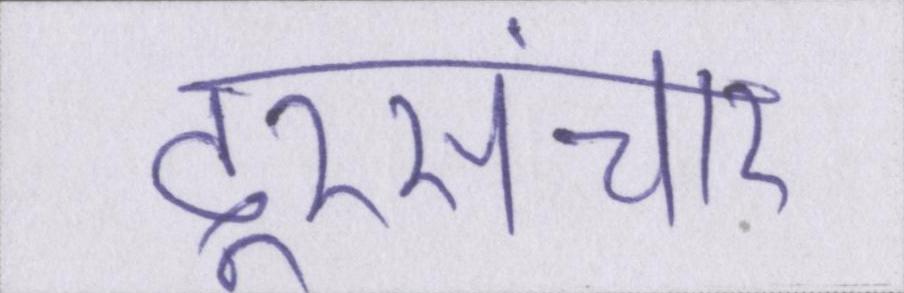
दूरसंचार